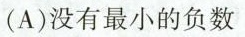
(A)没有最小的负数